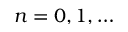
n = 0 , 1 , \ldots